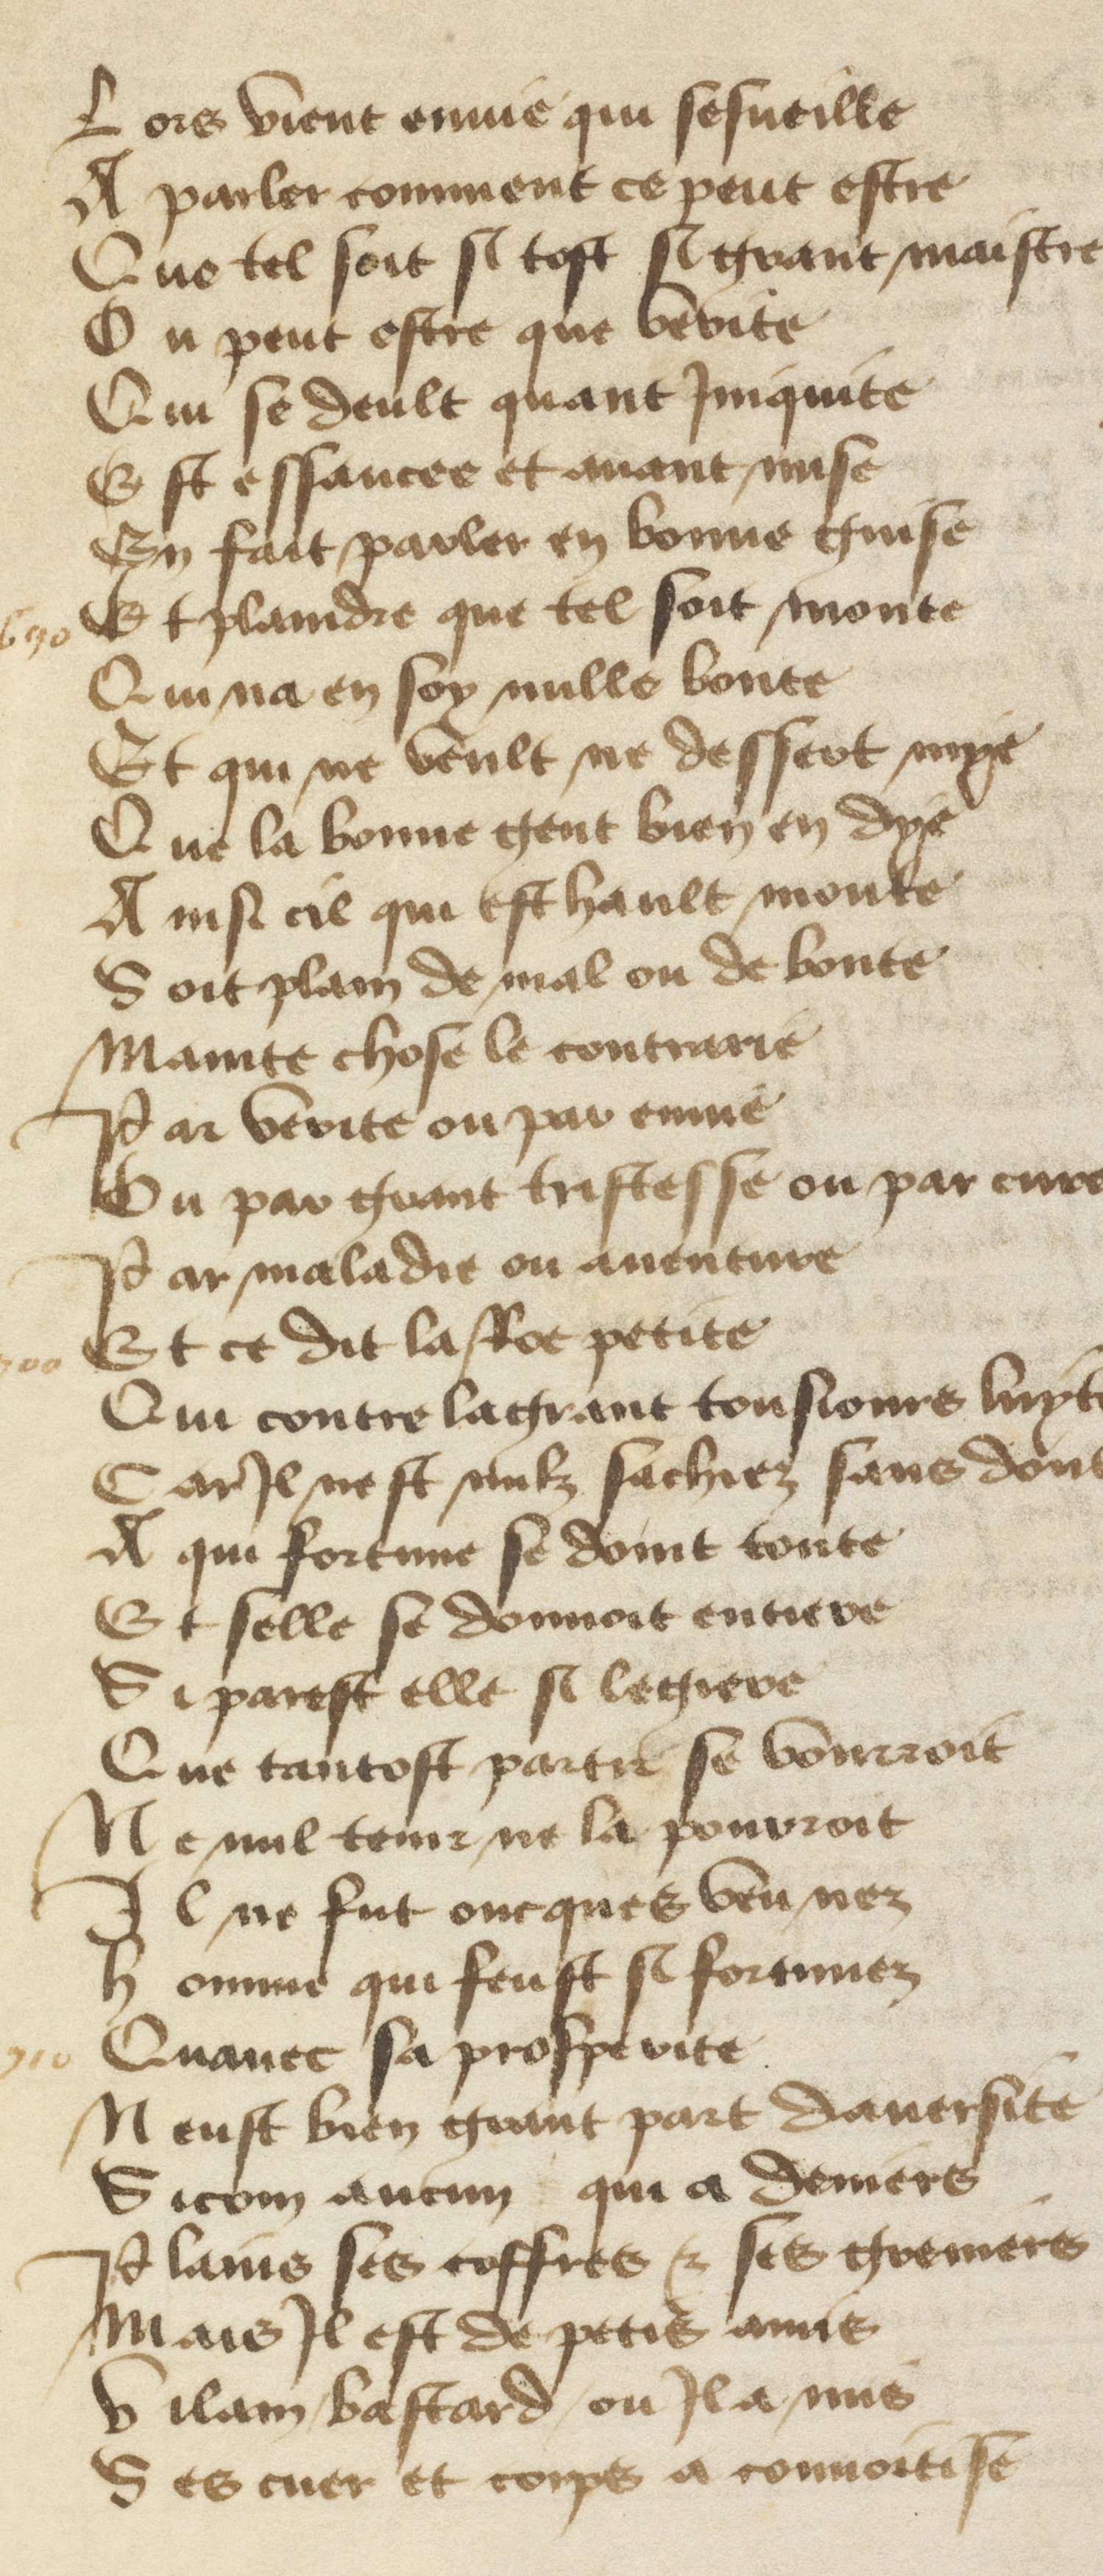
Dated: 1400–1499